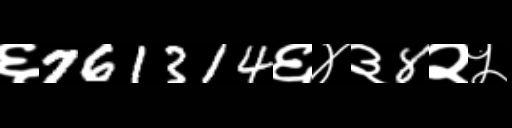
Text: ६761314६४३8२५